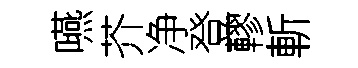
嚥芥净登轇斬